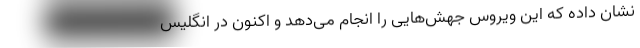
نشان داده که این ویروس جهش‌هایی را انجام می‌دهد و اکنون در انگلیس